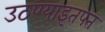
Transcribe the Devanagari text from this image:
उठण्याइतपत